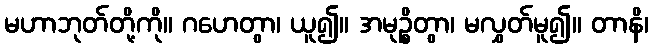
မဟာဘုတ်တို့ကို။ ဂဟေတွာ၊ ယူ၍။ အမုဉ္စိတွာ၊ မလွှတ်မူ၍။ တာနိ၊